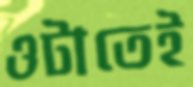
ওটাতেই